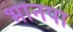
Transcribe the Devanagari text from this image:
भानपा